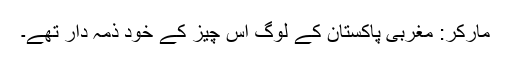
مارکر: مغربی پاکستان کے لوگ اس چیز کے خود ذمہ دار تھے۔